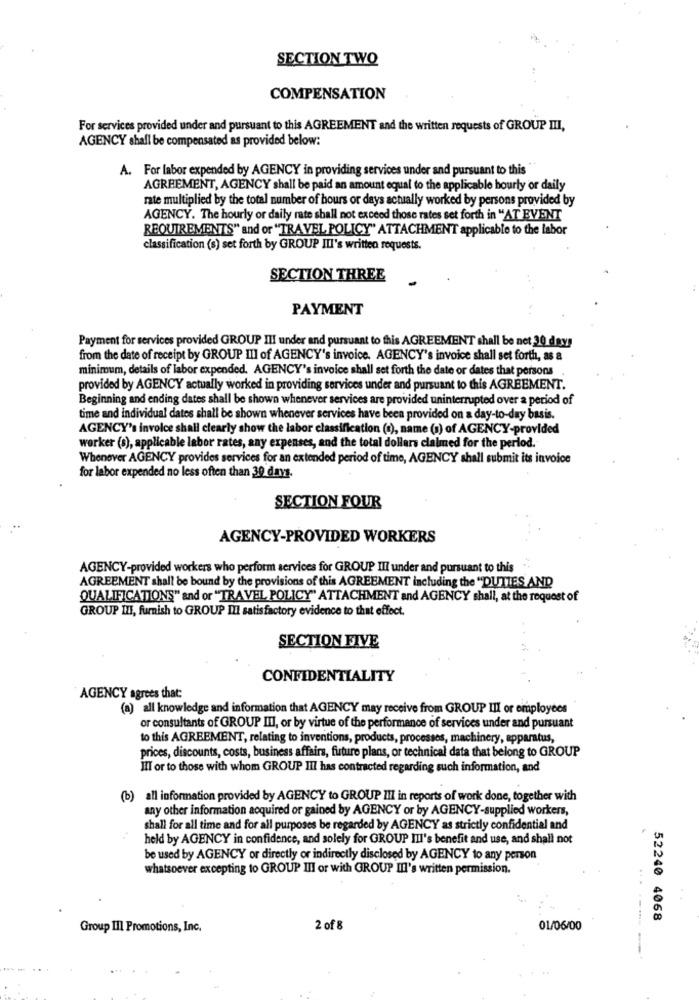
SECTION TWO
COMPENSATION
For services provided under and pursuant to this AGREEMENT and the written requests of GROUP III,
AGENCY shall be compensated as provided below:
A. For labor expended by AGENCY in providing services under and pursuant to this"
AGREEMENT, AGENCY shall be paid an amount equal to the applicable hourly or daily
rate multiplied by the total number of hours or days actually worked by persons provided by
AGENCY. The hourly or daily rate shall not exceed those rates set forth in "AT EVENT
REQUIREMENTS" and or "TRAVEL POLICY" ATTACHMENT applicable to the labor
classification (s) set forth by GROUP III's written requests.
SECTION THREE
PAYMENT
Payment for services provided GROUP III under and pursuant to this AGREEMENT shall be net 30 days
from the date of receipt by GROUP III of AGENCY's invoice. AGENCY's invoice shall set forth, as a
minimum, details of labor expended. AGENCY's invoice shall set forth the date or dates that persons
provided by AGENCY actually worked in providing services under and pursuant to this AGREEMENT.
Beginning and ending dates shall be shown whenever services are provided uninterrupted over a period of
time and individual dates shall be shown whenever services have been provided on a day-to-day basis.
AGENCY's invoice shall clearly show the labor classification (s), name (s) of AGENCY-provided
worker (s), applicable labor rates, any expenses, and the total dollars claimed for the period.
Whenever AGENCY provides services for an extended period of time, AGENCY shall submit its invoice
for labor expended no less often than 30 days.
SECTION FOUR
AGENCY-PROVIDED WORKERS
AGENCY-provided workers who perform services for GROUP III under and pursuant to this
AGREEMENT shall be bound by the provisions of this AGREEMENT including the "DUTIES AND
QUALIFICATIONS" and or "TRAVEL POLICY" ATTACHMENT and AGENCY shall, at the request of
GROUP III, furnish to GROUP III satisfactory evidence to that effect.
SECTION FIVE
CONFIDENTIALITY
AGENCY agrees that:
(a) all knowledge and information that AGENCY may receive from GROUP III or employees
or consultants of GROUP III, or by virtue of the performance of services under and pursuant
to this AGREEMENT, relating to inventions, products, processes, machinery, apparatus,
prices, discounts, costs, business affairs, future plans, or technical data that belong to GROUP
Ill or to those with whom GROUP III has contracted regarding such information, and
(b) all information provided by AGENCY to GROUP III in reports of work done, together with
any other information acquired or gained by AGENCY or by AGENCY-supplied workers,
shall for all time and for all purposes be regarded by AGENCY as strictly confidential and
held by AGENCY in confidence, and solely for GROUP III's benefit and use, and shall not
be used by AGENCY or directly or indirectly disclosed by AGENCY to any person
whatsoever excepting to GROUP III or with GROUP III's written permission.
52240 4068
Group III Promotions, Inc.
2 of 8
01/06/00
...----